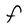
Character: F